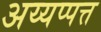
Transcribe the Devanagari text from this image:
अय्यप्पत्त